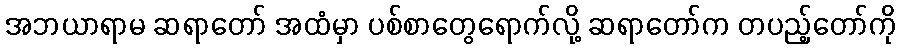
အဘယာရာမ ဆရာတော် အထံမှာ ပစ်စာတွေရောက်လို့ ဆရာတော်က တပည့်တော်ကို